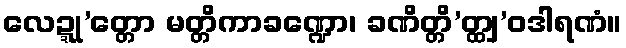
လေဍ္ဍု’တ္တော မတ္တိကာခဏ္ဍော၊ ခဏိတ္တိ’တ္ထျ’ဝဒါရဏံ။